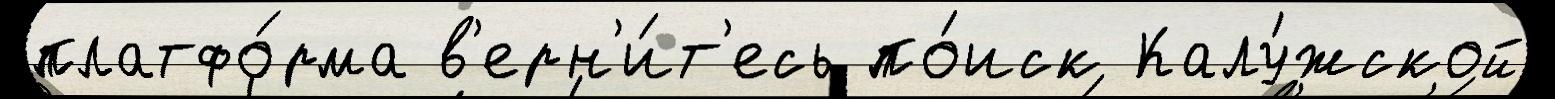
платфо́рма в'ерн'и́т'есь по́иск Калу́жской